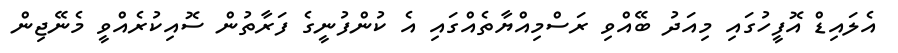
އެލައިޑް އޮފީހުގައި މިއަދު ބޭއްވި ރަސްމިއްޔާތެއްގައި އެ ކުންފުނީގެ ފަރާތުން ސޮއިކުރެއްވީ މެނޭޖިން